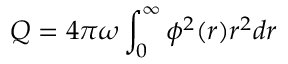
Q = 4 \pi \omega \int _ { 0 } ^ { \infty } \phi ^ { 2 } ( r ) r ^ { 2 } d r